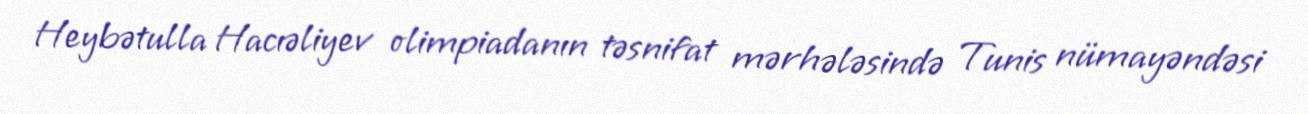
Heybətulla Hacıəliyev olimpiadanın təsnifat mərhələsində Tunis nümayəndəsi